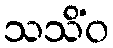
သသိံဝ